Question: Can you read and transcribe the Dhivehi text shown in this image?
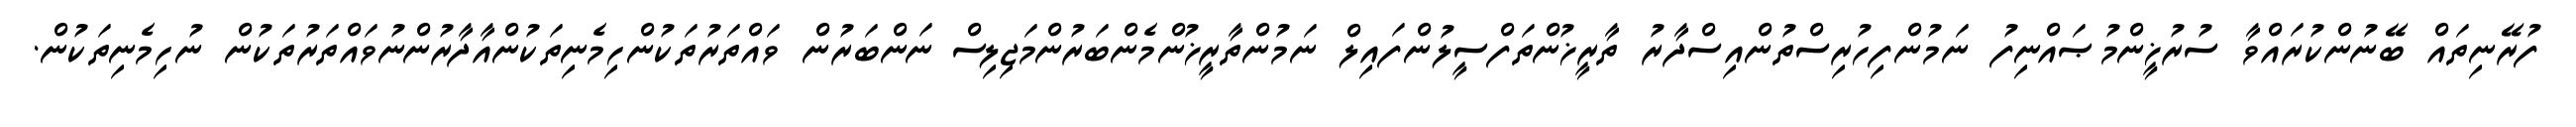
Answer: ފުރޭނިތައް ބޭނުންކުރައްވާ ސުރުޚީންމުޞައްނިފު ނަމުންފިހުރިސްތުންއިސްދާރު ތާރީޚުންތަފްސީލުންފައިލް ނަމުންތާރީޚުންމެންބަރުންމަޖިލިސް ނަންބަރުން ވައްތަރުތަކުންހިމެނިތަކުންއާދާރުންނުވައްތަރުތަކުން ނުހިމެނިތަކުން.